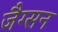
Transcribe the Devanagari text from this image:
जैग्सन